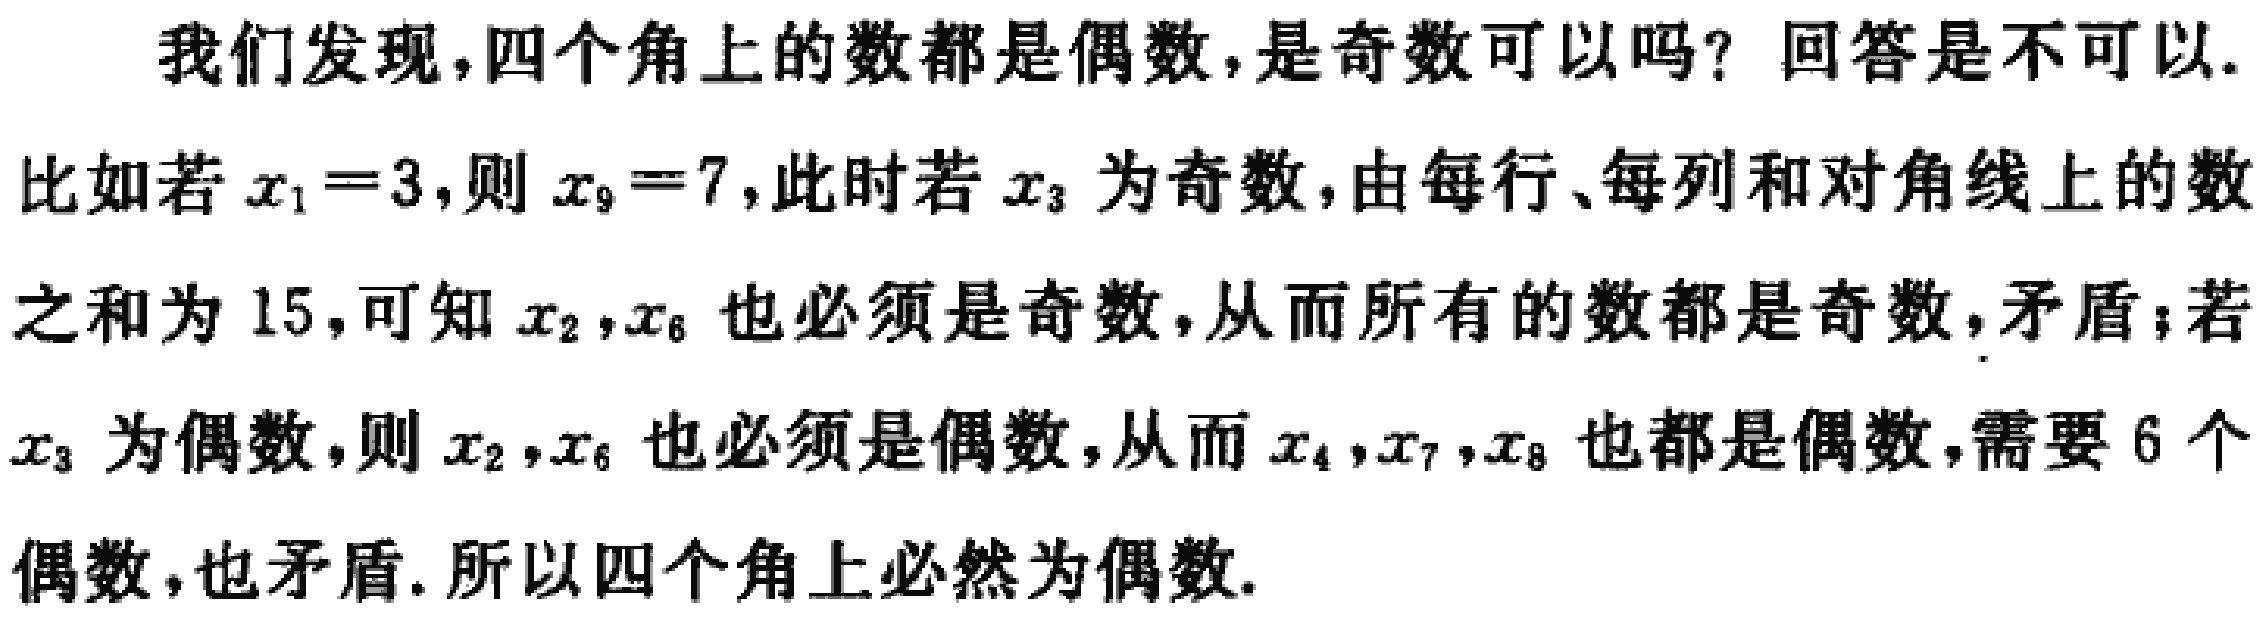
我们发现，四个角上的数都是偶数，是奇数可以吗？回答是不可以.
比如若\(x_1 = 3\)，则\(x_9 = 7\)，此时若\(x_3\)为奇数，由每行、每列和对角线上的数之和为 \(15\)，可知\(x_2,x_6\)也必须是奇数，从而所有的数都是奇数，矛盾；若\(x_3\)为偶数，则\(x_2,x_6\)也必须是偶数，从而\(x_4,x_7,x_8\)也都是偶数，需要 \(6\) 个偶数，也矛盾. 所以四个角上必然为偶数.